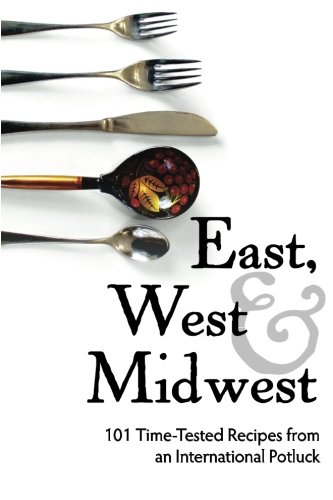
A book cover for East, West, and Midwest: 101 Time-Tested Recipes from an International Potluck; Amy S Spencer; Cookbooks, Food & Wine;